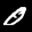
Label: 0